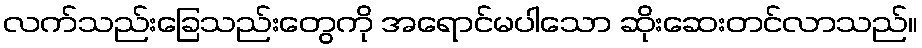
လက်သည်းခြေသည်းတွေကို အရောင်မပါသော ဆိုးဆေးတင်လာသည်။